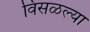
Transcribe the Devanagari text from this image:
विसळल्या